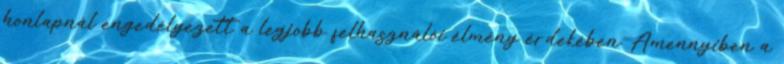
honlapnál engedélyezett a legjobb felhasználói élmény érdekében. Amennyiben a